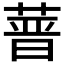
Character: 𦵻